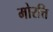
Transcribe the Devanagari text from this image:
मोरत्ति